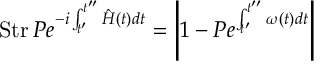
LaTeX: \mathrm { S t r } \, P e ^ { - i \int _ { t ^ { \prime } } ^ { t ^ { \prime \prime } } \hat { H } ( t ) d t } = \left| 1 - P e ^ { \int _ { t ^ { \prime } } ^ { t ^ { \prime \prime } } \omega ( t ) d t } \right|